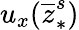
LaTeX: u_{x}(\overline{{z}}_{\ast}^{s})